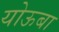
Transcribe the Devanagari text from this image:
योऊबा